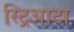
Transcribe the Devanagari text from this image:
स्ट्रिआटा